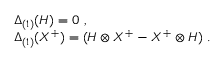
\begin{array} { r c l } { { } } & { { } } & { { \Delta _ { ( 1 ) } ( H ) = 0 ~ , } } \\ { { } } & { { } } & { { \Delta _ { ( 1 ) } ( X ^ { + } ) = ( H \otimes X ^ { + } - X ^ { + } \otimes H ) ~ . } } \end{array}